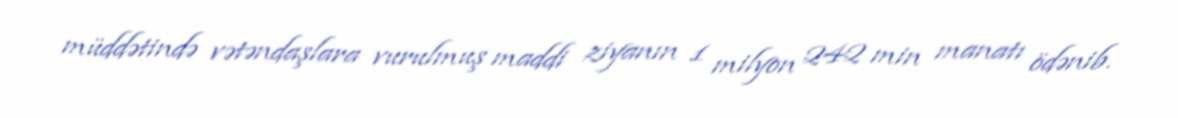
müddətində vətəndaşlara vurulmuş maddi ziyanın 1 milyon 242 min manatı ödənib.